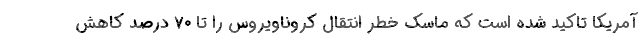
آمریکا تاکید شده است که ماسک خطر انتقال کروناویروس را تا ۷۰ درصد کاهش